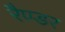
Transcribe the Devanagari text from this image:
रैण्डर